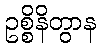
ဥစ္စိနိတွာန